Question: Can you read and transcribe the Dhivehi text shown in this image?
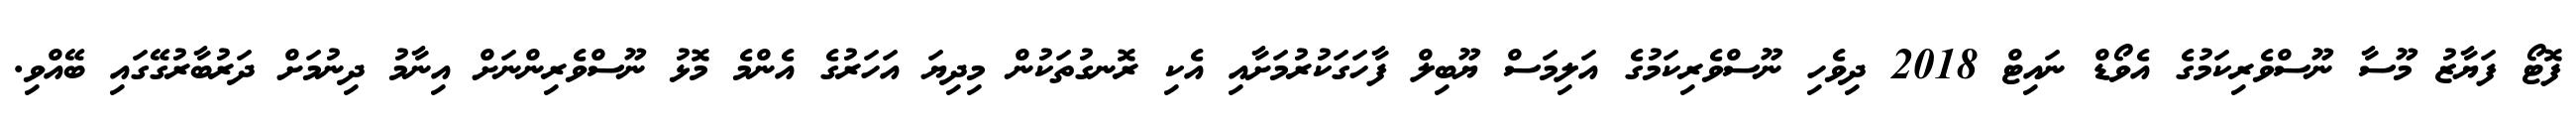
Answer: ފޮޓޯ ފަޔާޒު މޫސާ ނޫސްވެރިކަމުގެ އެވޯޑް ނައިޓް 2018 ދިވެހި ނޫސްވެރިކަމުގެ އަލިމަސް ޔޫބިލް ފާހަގަކުރުމަށާއި އެކި ރޮނގުތަކުން މިދިޔަ އަހަރުގެ އެންމެ މޮޅު ނޫސްވެރިންނަށް އިނާމު ދިނުމަށް ދަރުބާރުގޭގައި ބޭއްވި.